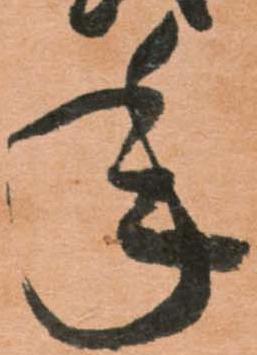
年